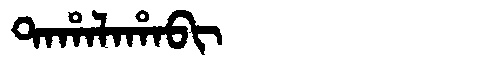
Manchu: ᡨᠠᡥᠠᠯᠠᡥᠠᠪᡳ
Romanization: TAHALAHABI